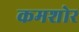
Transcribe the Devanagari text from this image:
कमशोर